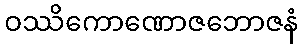
ဝဿိကောဏောဇဘောဇနံ